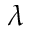
\lambda